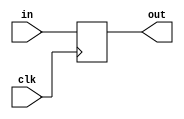
`default_nettype none
module DFF (
   input wire clk,
   input wire in,
   output reg out
);

always @(posedge clk)
   out <= in;

endmodule